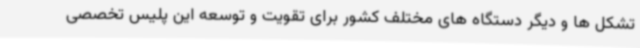
تشکل ها و دیگر دستگاه های مختلف کشور برای تقویت و توسعه این پلیس تخصصی